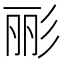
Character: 彨